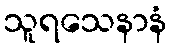
သူရသေနာနံ